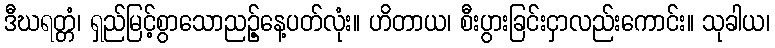
ဒီဃရတ္တံ၊ ရှည်မြင့်စွာသောညဉ့်နေ့ပတ်လုံး။ ဟိတာယ၊ စီးပွားခြင်းငှာလည်းကောင်း။ သုခါယ၊